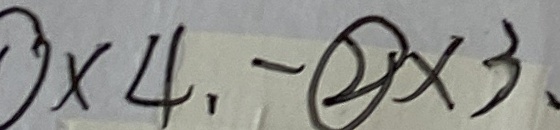
\times 4 , - \textcircled { 2 } \times 3 .